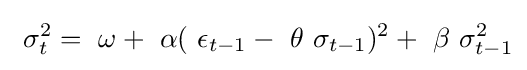
~\sigma _{t}^{2}=~\omega +~\alpha (~\epsilon _{t-1}-~\theta ~\sigma _{t-1})^{2}+~\beta ~\sigma _{t-1}^{2}